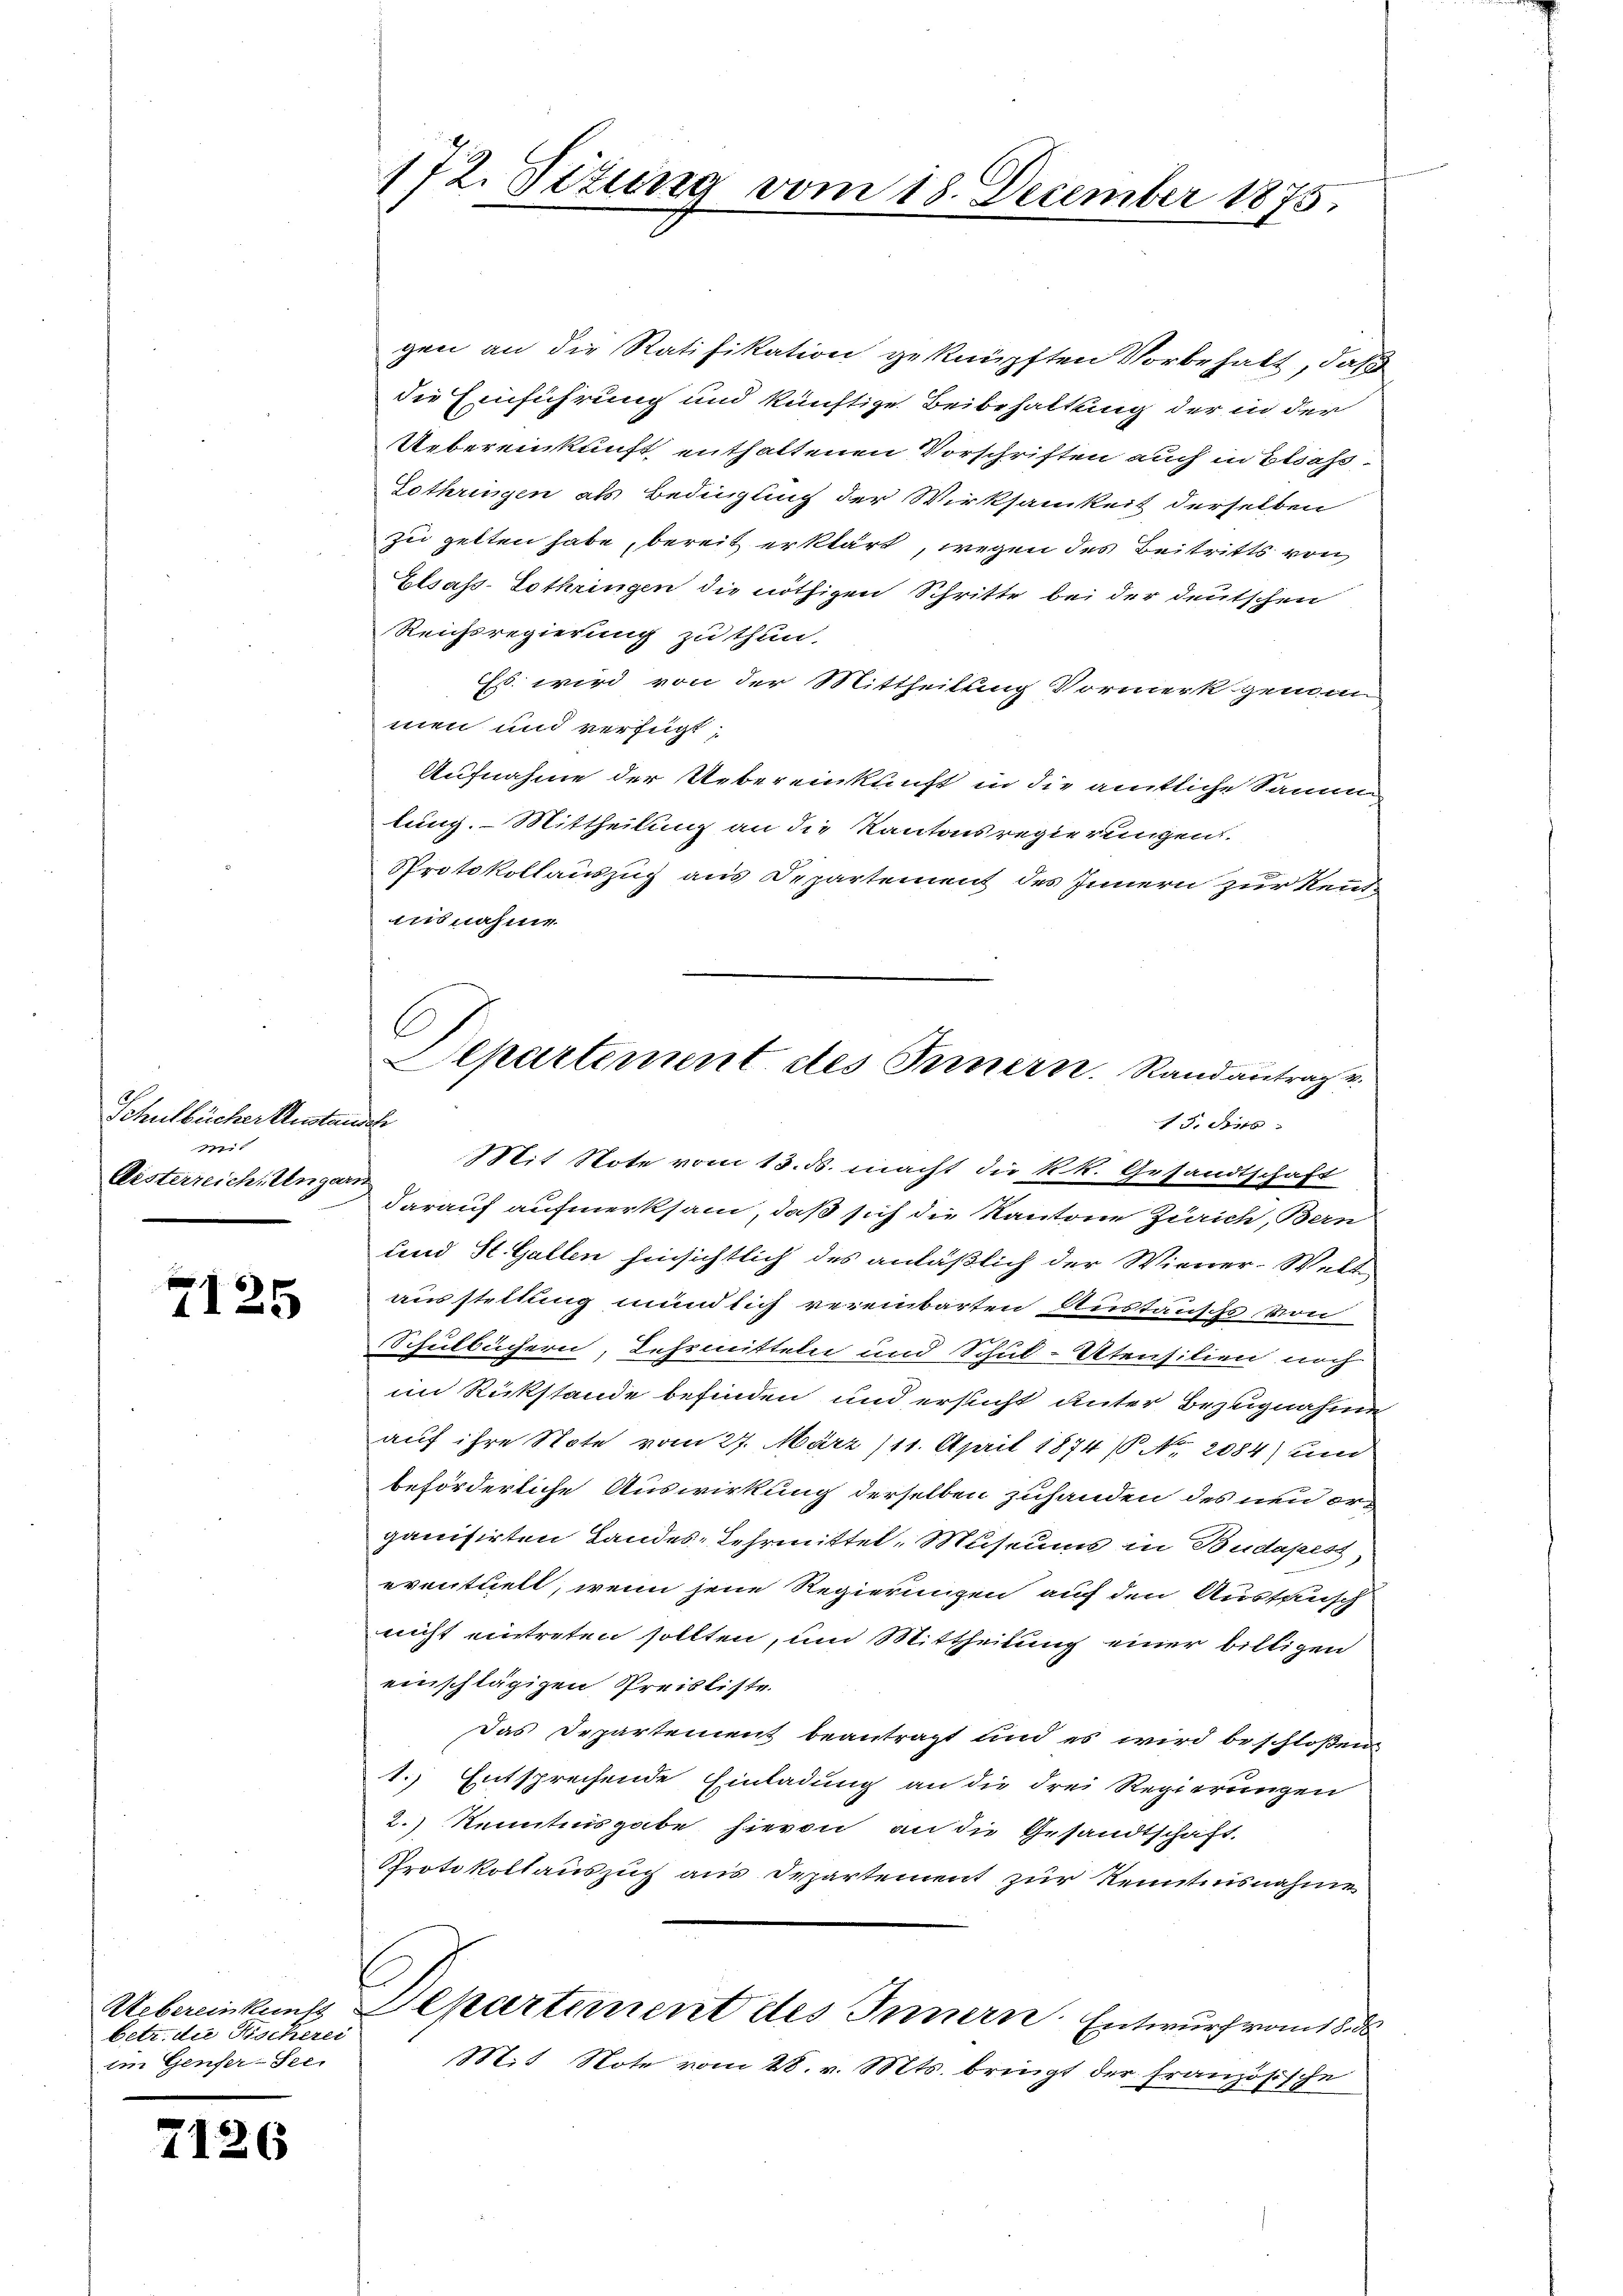
Schulbücher Anstausch
Mit
Aisterreich. Ungarn

f
1125

Uebereinkunft
betr. die Fischerei
im Genfer-See.

7126

172. Titung vom 18. December 1875.

gen an die Ratifikation geknüpften Vorbehalt, daß
die Einführung und künftige Beibehaltung der in der
Uebereinkunft enthaltenen Vorschriften auch in Elsass-
Gothringen als Bedingung der Wirksamkeit derselben
zu gelten habe, bereit erklärt, wegen des Beitritts von
Elsass-Lothringen die nöthigen Schritte bei der deutschen
Reichsregierung zu thun.
Es wird von der Mittheilung Vormerk genom
men und verfügt,
Aufnahme der Uebereinkunft in die amtliche Samm
lung. Mittheilung an die Kantonsregierungen.
Protokollauszug aus Departement des Innern zur Kenntmusnahme
15. dies
Mit Note vom 13. ds. macht die kk. Gesandtschaft
darauf aufmerksam, daß sich die Kantone Zürich, Bern
und St. Gallen hinsichtlich des anläßlich der Wiener-Welt-
ausstellung mündlich vereinbarten Austauschs von
Schulbüchern, Lehrmitteln und Schul-Utensilien noch
im Rückstände befinden und ersucht unter Bezugnahme
auf ihre Note vom 27. März 111. April 1874. No. 2084) und
beförderliche Auswirkung derselben zuhanden des neu erganisirten Landes-Lehrmittel, Museums in Budapest,
eventliebt, wenn jene Regierungen auf den Ausfunch
nicht eintreten sollten, und Mittheilung einer billigen
einschlägigen Preisliste.
Das Departement beantragt und es wird beschloßen
1.) Entsprechende Einladung an die drei Regierungen
2.) Kenntnisgabe hievon an die Gesandtschaft.
Protokollauszug aus Departement zur Kenntnisnahme
Separtement des Innern. Entwurf vom 18. d.
Mit Note vom 28. v. Mts. bringt der Französische

C
Departement des Innern. Randantrag v.